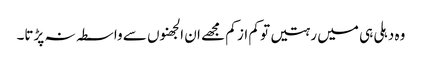
وہ دہلی ہی میں رہتیں تو کم از کم مجھے ان الجھنوں سے واسطہ نہ پڑتا۔